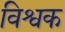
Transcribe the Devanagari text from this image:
विश्वक